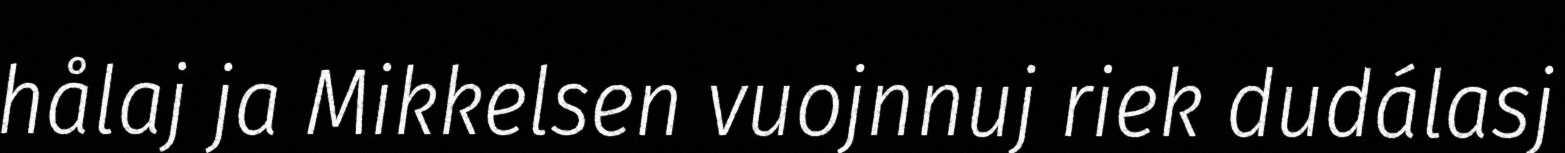
hålaj ja Mikkelsen vuojnnuj riek dudálasj